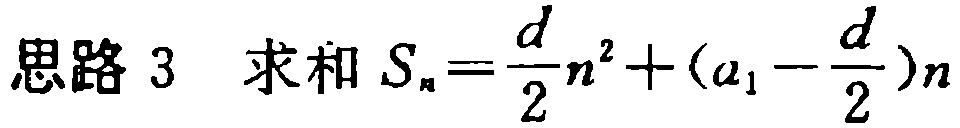
思路 3  求和 \(S_{n}=\frac{d}{2}n^{2}+(a_{1}-\frac{d}{2})n\)